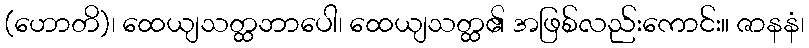
(ဟောတိ)၊ ထေယျသတ္ထဘာပေါ၊ ထေယျသတ္ထ၏ အဖြစ်လည်းကောင်း။ ဇာနနံ၊